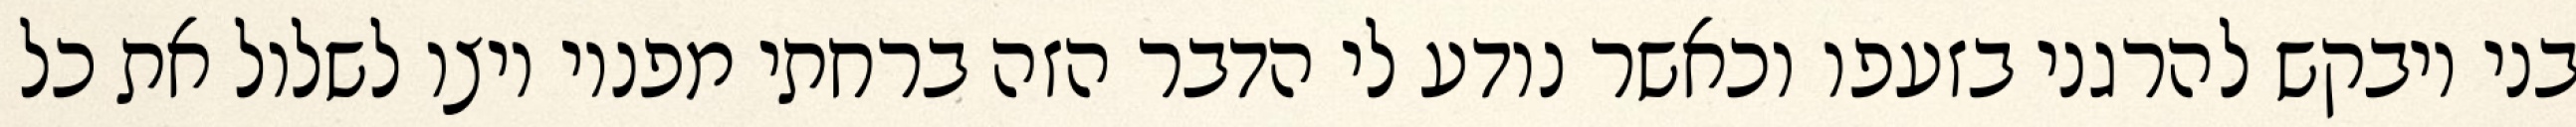
בני ויבקש להרגני בזעפו וכאשר נודע לי הדבר הזה ברחתי מפניו ויצו לשלול את כל